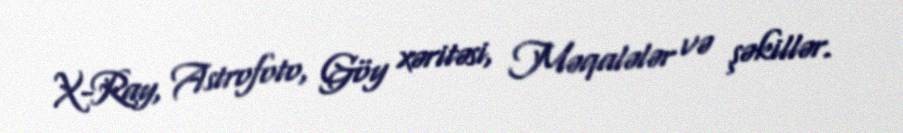
X-Ray, Astrofoto, Göy xəritəsi, Məqalələr və şəkillər.